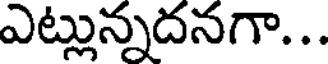
ఎట్లున్నదనగా...